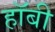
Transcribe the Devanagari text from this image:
हाॅबी